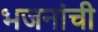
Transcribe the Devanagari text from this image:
भजनांची